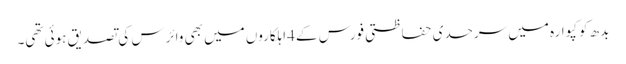
بدھ کو کپوارہ میں سرحدی حفاظتی فورس کے 4اہلکاروں میں بھی وائرس کی تصدیق ہوئی تھی۔